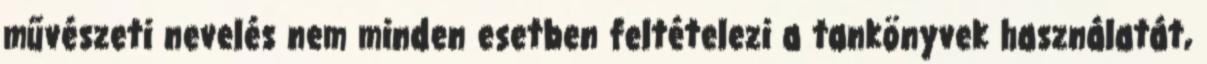
művészeti nevelés nem minden esetben feltételezi a tankönyvek használatát,